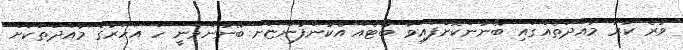
ވުރެ ކުރު މުއްދަތެއްގައި ބޭނުންކޮށްފައިވާ ބޯޓެއް އެކުންފުންޏަށް ބޭނުންވަނީ ހަ އަހަރުގެ މުއްދަތަކަށް